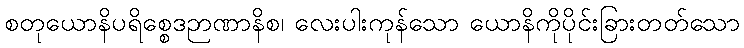
စတုယောနိပရိစ္စေဒဉာဏာနိစ၊ လေးပါးကုန်သော ယောနိကိုပိုင်းခြားတတ်သော